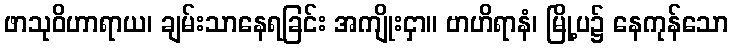
ဖာသုဝိဟာရာယ၊ ချမ်းသာနေရခြင်း အကျိုးငှာ။ ဗာဟိရာနံ၊ မြို့ပ၌ နေကုန်သော